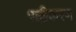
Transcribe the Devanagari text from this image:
पक्कीकरण